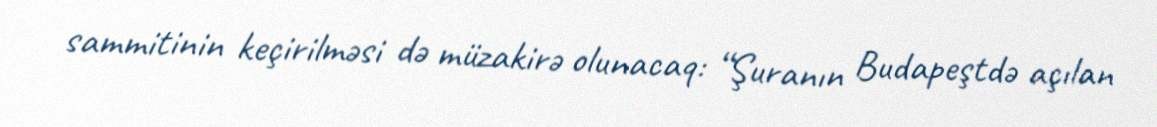
sammitinin keçirilməsi də müzakirə olunacaq: “Şuranın Budapeştdə açılan